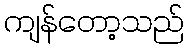
ကျန်တော့သည်